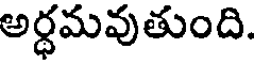
అర్ధమవుతుంది.